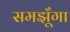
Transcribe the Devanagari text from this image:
समझूँगा